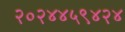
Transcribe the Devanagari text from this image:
२०२४४५९४२४